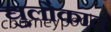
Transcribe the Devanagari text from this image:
द्युलोकात